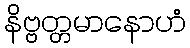
နိဗ္ဗတ္တမာနောဟံ